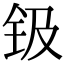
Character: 钑